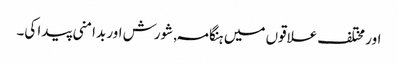
اور مختلف علاقوں میں ہنگامہ , شورش اور بدامنی پیدا کی۔